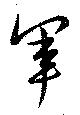
軍